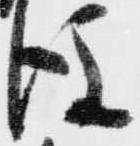
後